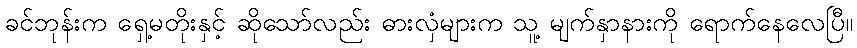
ခင်ဘုန်းက ရှေ့မတိုးနှင့် ဆိုသော်လည်း ဓားလှံများက သူ့ မျက်နှာနားကို ရောက်နေလေပြီ။